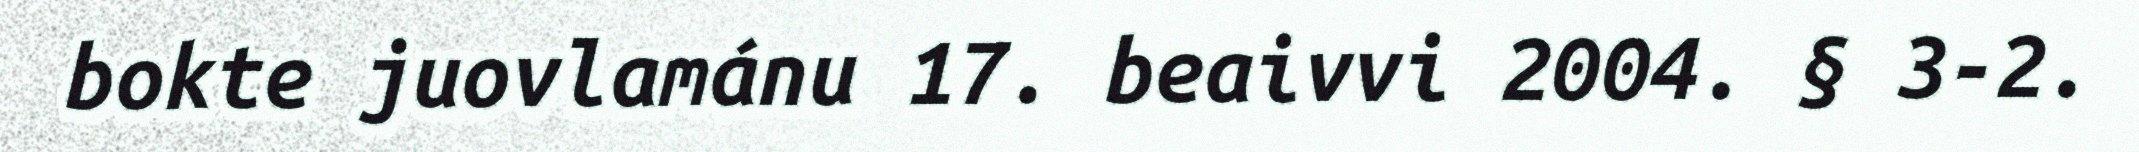
bokte juovlamánu 17. beaivvi 2004. § 3-2.